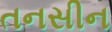
તનસીન